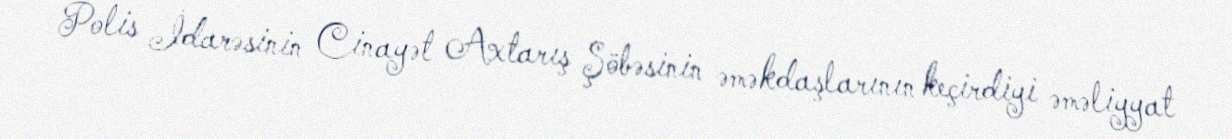
Polis İdarəsinin Cinayət Axtarış Şöbəsinin əməkdaşlarının keçirdiyi əməliyyat